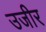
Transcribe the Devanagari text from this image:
उजीर